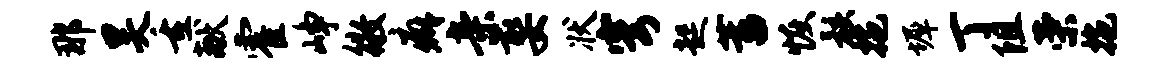
那昊重献霍峥徵癖亲娶状穹起蓄恢骸拖墀丁阻荣拖